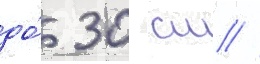
до́ 30 см //